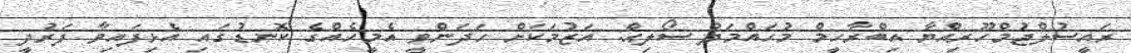
ރައީސުލްޖުމްހޫރިއްޔާ އިބްރާހީމް މުހައްމަދު ސޯލިޙް: އަޒުމަކަށް ހަދަންވީ އެމީހެއްގެ ކޮނޑުގައި އެޅިފައިވާ ފަރުދީ